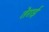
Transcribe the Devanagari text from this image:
तेराई